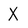
Character: X